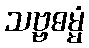
သဗ္ဗဓမ္မံ